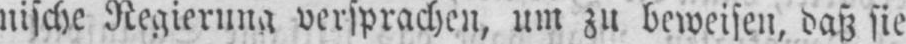
nische Regierung versprachen, um zu beweisen, daß sie